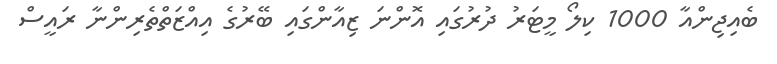
ބެއިޖިންއާ 1000 ކިލޯ މީޓަރު ދުރުގައި އޮންނަ ޒިއާންގައި ބޭރުގެ އިއްޒަތްތެރިންނާ ރައީސް